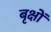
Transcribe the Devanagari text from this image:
बृक्षों